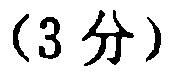
(3 分)